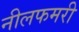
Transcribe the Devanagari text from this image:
नीलफमरी